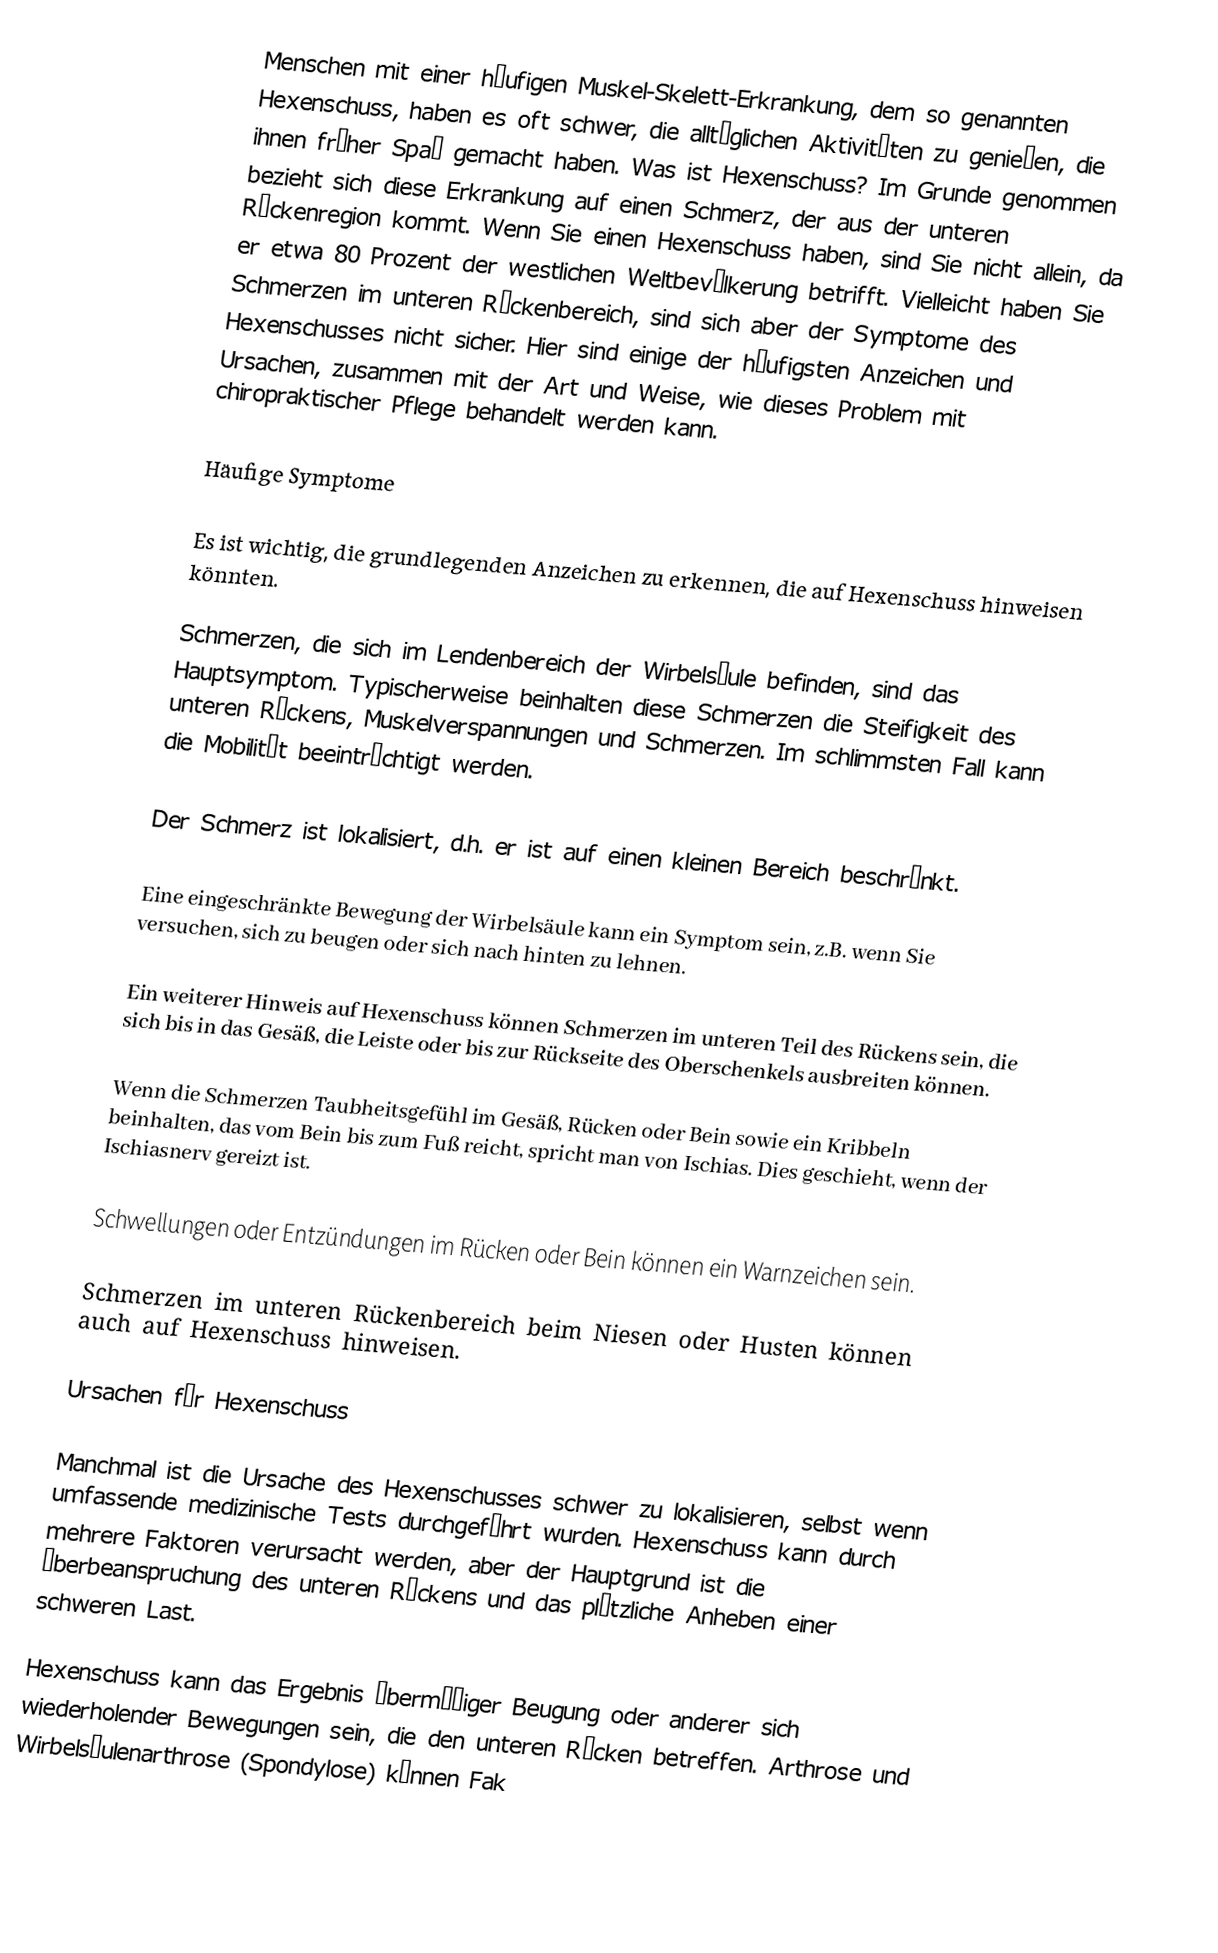
Menschen mit einer häufigen Muskel-Skelett-Erkrankung, dem so genannten Hexenschuss, haben es oft schwer, die alltäglichen Aktivitäten zu genießen, die ihnen früher Spaß gemacht haben. Was ist Hexenschuss? Im Grunde genommen bezieht sich diese Erkrankung auf einen Schmerz, der aus der unteren Rückenregion kommt. Wenn Sie einen Hexenschuss haben, sind Sie nicht allein, da er etwa 80 Prozent der westlichen Weltbevölkerung betrifft. Vielleicht haben Sie Schmerzen im unteren Rückenbereich, sind sich aber der Symptome des Hexenschusses nicht sicher. Hier sind einige der häufigsten Anzeichen und Ursachen, zusammen mit der Art und Weise, wie dieses Problem mit chiropraktischer Pflege behandelt werden kann.

Häufige Symptome

Es ist wichtig, die grundlegenden Anzeichen zu erkennen, die auf Hexenschuss hinweisen könnten.

Schmerzen, die sich im Lendenbereich der Wirbelsäule befinden, sind das Hauptsymptom. Typischerweise beinhalten diese Schmerzen die Steifigkeit des unteren Rückens, Muskelverspannungen und Schmerzen. Im schlimmsten Fall kann die Mobilität beeinträchtigt werden.

Der Schmerz ist lokalisiert, d.h. er ist auf einen kleinen Bereich beschränkt.

Eine eingeschränkte Bewegung der Wirbelsäule kann ein Symptom sein, z.B. wenn Sie versuchen, sich zu beugen oder sich nach hinten zu lehnen.

Ein weiterer Hinweis auf Hexenschuss können Schmerzen im unteren Teil des Rückens sein, die sich bis in das Gesäß, die Leiste oder bis zur Rückseite des Oberschenkels ausbreiten können.

Wenn die Schmerzen Taubheitsgefühl im Gesäß, Rücken oder Bein sowie ein Kribbeln beinhalten, das vom Bein bis zum Fuß reicht, spricht man von Ischias. Dies geschieht, wenn der Ischiasnerv gereizt ist.

Schwellungen oder Entzündungen im Rücken oder Bein können ein Warnzeichen sein.

Schmerzen im unteren Rückenbereich beim Niesen oder Husten können auch auf Hexenschuss hinweisen.

Ursachen für Hexenschuss

Manchmal ist die Ursache des Hexenschusses schwer zu lokalisieren, selbst wenn umfassende medizinische Tests durchgeführt wurden. Hexenschuss kann durch mehrere Faktoren verursacht werden, aber der Hauptgrund ist die Überbeanspruchung des unteren Rückens und das plötzliche Anheben einer schweren Last.

Hexenschuss kann das Ergebnis übermäßiger Beugung oder anderer sich wiederholender Bewegungen sein, die den unteren Rücken betreffen. Arthrose und Wirbelsäulenarthrose (Spondylose) können Fak